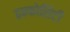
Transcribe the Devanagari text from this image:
इन्फोसिटी